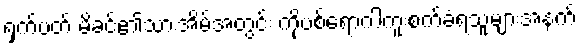
ရှက်ပတ် မိခင်၏သားအိမ်အတွင်း ကိုဗစ်ရောဂါကူးစက်ခံရသူများအနက်